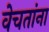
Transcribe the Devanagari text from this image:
वेचतांना